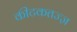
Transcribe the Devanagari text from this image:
कीटकतज्ज्ञ